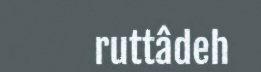
ruttâdeh